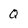
Character: Q